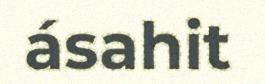
ásahit